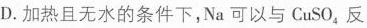
D.加热且无水的条件下，Na可以与CuSO_{4}反